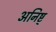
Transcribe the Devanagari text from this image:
अनिष्ट्